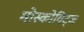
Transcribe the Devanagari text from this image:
मोस्कोविट्ज